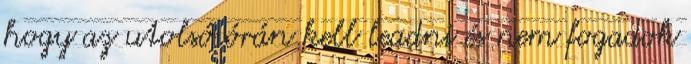
hogy az utolsó órán kell leadni és nem fogadok